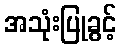
အသုံးပြုခွင့်